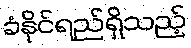
ခံနိုင်ရည်ရှိသည့်